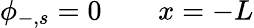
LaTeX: \phi_{-,s}=0\qquad x=-L